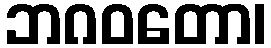
ဘဂဝတော၊